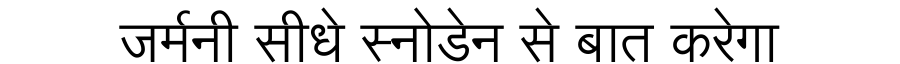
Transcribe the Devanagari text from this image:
जर्मनी सीधे स्नोडेन से बात करेगा